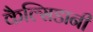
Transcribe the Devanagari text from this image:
कैल्सिडानी